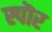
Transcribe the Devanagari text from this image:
स्पॊर